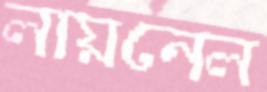
লায়নেল